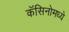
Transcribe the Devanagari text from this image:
कॅसिनोमध्ये